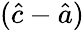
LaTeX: ({\hat{c}}-{\hat{a}})